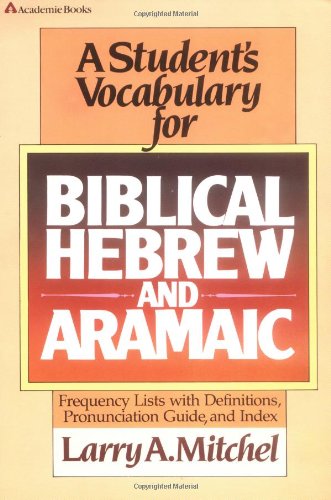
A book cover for Student's Vocabulary for Biblical Hebrew and Aramaic, A; Larry A. Mitchel; Christian Books & Bibles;